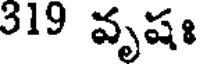
319 వృషః